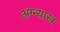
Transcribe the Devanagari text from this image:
अग्न्यास्त्र